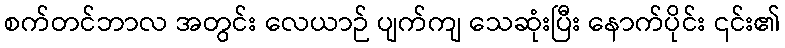
စက်တင်ဘာလ အတွင်း လေယာဉ် ပျက်ကျ သေဆုံးပြီး နောက်ပိုင်း ၎င်း၏